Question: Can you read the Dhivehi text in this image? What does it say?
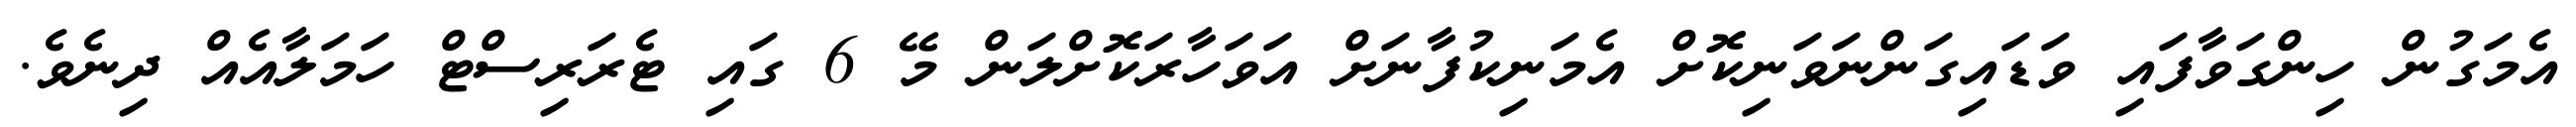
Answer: އެމަގުން ހިންގަވާފައި ވަޑައިގަންނަވަނިކޮށް އެމަނިކުފާނަށް އަވަހާރަކޮށްލަން މޭ 6 ގައި ޓެރަރިސްޓް ހަމަލާއެއް ދިނެވެ.